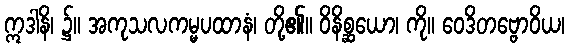
ဣဒါနိ၊ ၌။ အကုသလကမ္မပထာနံ၊ တို့၏။ ဝိနိစ္ဆယော၊ ကို။ ဝေဒိတဗ္ဗောဝိယ၊